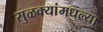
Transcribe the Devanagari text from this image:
सुळक्यांमधल्या